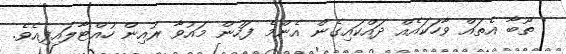
' ތޫބާ އެތައް ވާހަކައެއް ދައްކައިގެން އެންމެ ފަހުން މައުވާ ރުއިން ހުއްޓާލައިފިއެވެ.